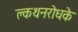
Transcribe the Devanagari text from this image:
क्लथनरोधके